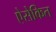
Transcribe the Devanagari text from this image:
ऐसेकित